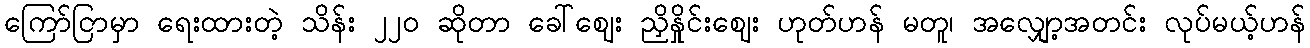
ကြော်ငြာမှာ ရေးထားတဲ့ သိန်း ၂၂ဝ ဆိုတာ ခေါ်ဈေး ညှိနှိုင်းဈေး ဟုတ်ဟန် မတူ၊ အလျှော့အတင်း လုပ်မယ့်ဟန်